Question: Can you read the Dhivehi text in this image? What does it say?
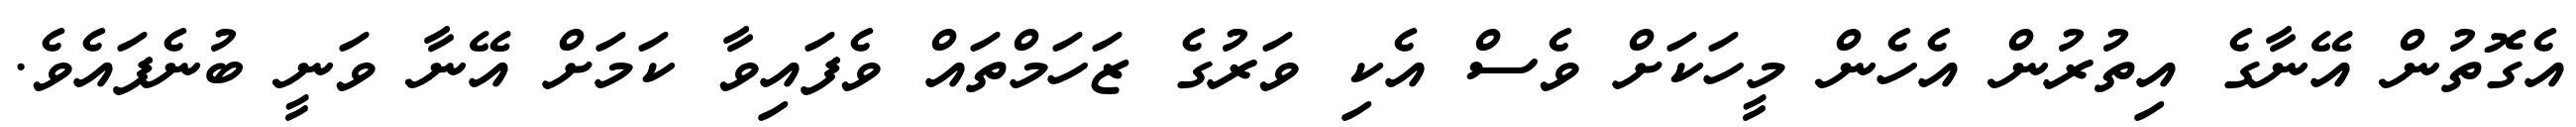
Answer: އެގޮތުން އޭނާގެ އިތުރުން އެހެން މީހަކަށް ވެސް އެކި ވަރުގެ ޒަހަމްތައް ވެފައިވާ ކަމަށް އޭނާ ވަނީ ބުނެފައެވެ.